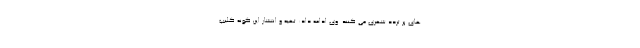
های پر تردد شهری می کنند. وی ادامه داد: تهیه و انتشار این گونه کلیپ